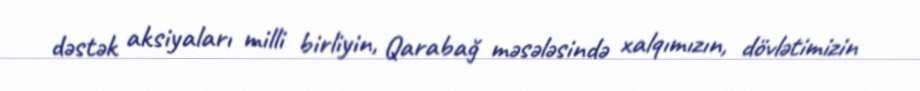
dəstək aksiyaları milli birliyin, Qarabağ məsələsində xalqımızın, dövlətimizin